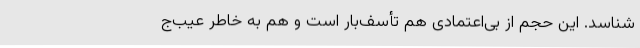
‌شناسد. این حجم از بی‌اعتمادی هم تأسف‌بار است و هم به خاطر عیب‌‌ج